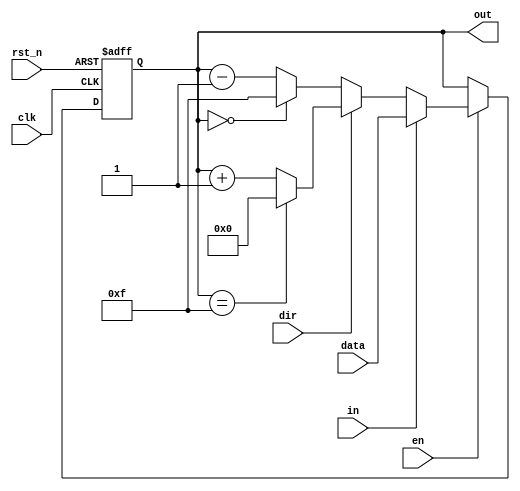
module lab2_1(clk, rst_n, en, dir, in, data, out); 
	input clk, rst_n, en, dir, in;
	input [3:0] data;
	output [3:0] out;
	reg [3:0] out;

	always @(posedge clk or negedge rst_n) begin
		if (rst_n == 1'b0) begin
			out = 4'b0000;
		end
		else begin // rst_n == 1
			if (en == 1'b1) begin // enable
				if (in == 1'b0) begin 
					if (dir == 1'b1) begin // count UP
						out = (out == 4'b1111) ? 4'b0000 : out + 1;
					end
					else begin // count DOWN
						out = (out == 4'b0000) ? 4'b1111 : out - 1;
					end
				end
				else begin // assign data into out
					out = data;
				end
			end
			else begin // disable
				out = out;
			end
		end
	end

endmodule